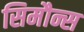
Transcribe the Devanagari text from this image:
सिमौन्स